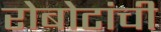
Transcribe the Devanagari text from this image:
रोबोटांची